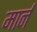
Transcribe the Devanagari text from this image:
मार्नं